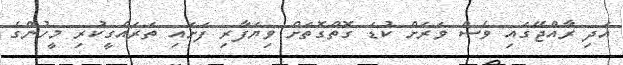
އަދި ރާއްޖޭގައި ވެސް ވަރަށް ކުޑަ ގޮތްގޮތަށް ވިޔަފާރި ފަށައި ތަރައްގީކުރި މީހުންގެ